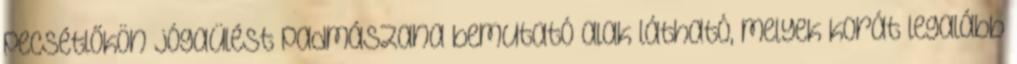
pecsétlőkön jógaülést padmászana bemutató alak látható, melyek korát legalább